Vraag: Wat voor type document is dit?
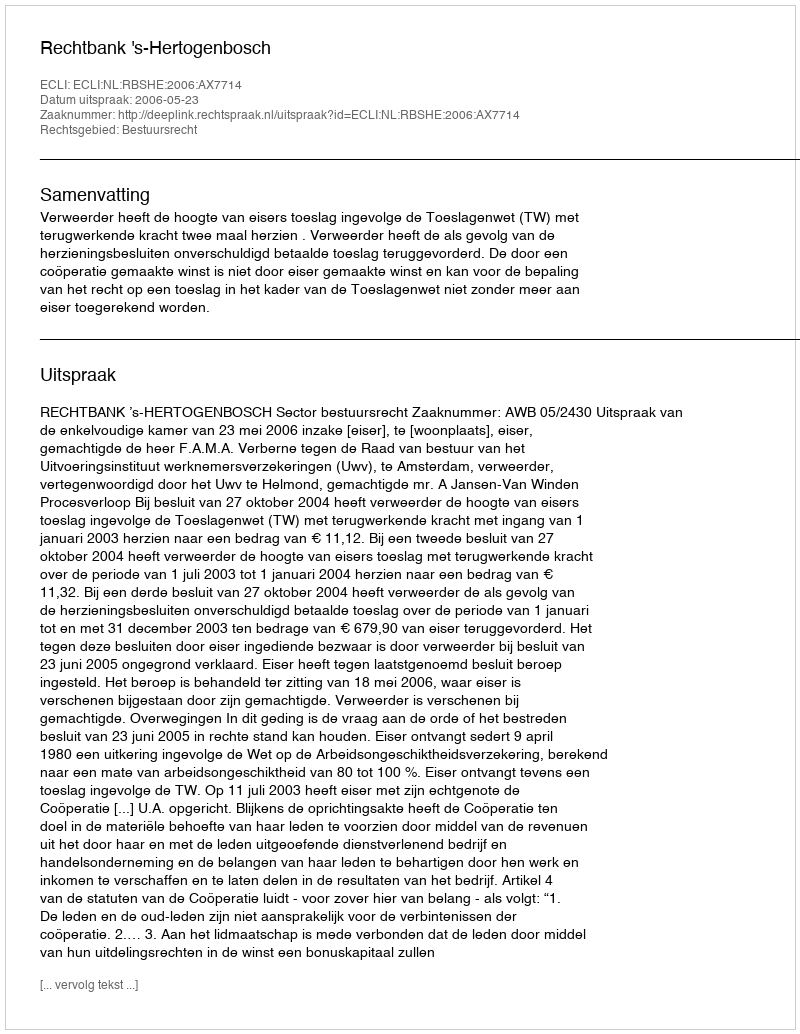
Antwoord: Uitspraak